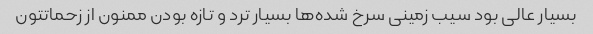
بسیار عالی بود سیب زمینی سرخ شده‌ها بسیار ترد و تازه بودن ممنون از زحماتتون